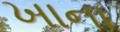
ખાના